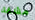
مشقة